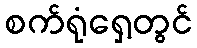
စက်ရုံရှေ့တွင်